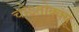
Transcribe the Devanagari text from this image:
चोऽतोक्क्यू